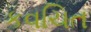
કવચિત